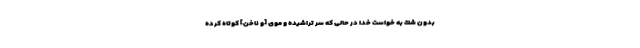
بدون شك به خواست خدا در حالى كه سر تراشيده و موى [و ناخن] كوتاه كرده